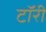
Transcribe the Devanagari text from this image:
टॉरी